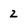
Character: 2